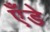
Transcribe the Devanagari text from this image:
एँडे